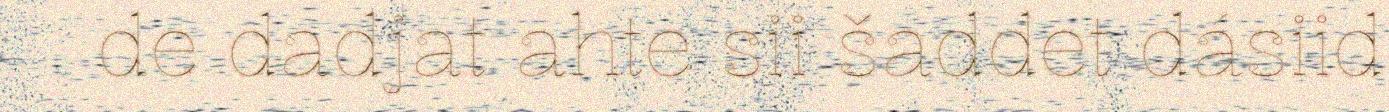
de dadjat ahte sii šaddet dásiid